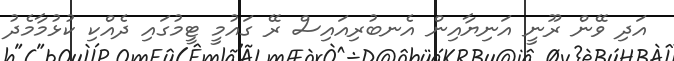
އަދި ވޭން ރޫނީ އަނިޔާއިން އެނބުރިއައިސް ރޭ ގައުމީ ޓީމުގައި ދެއްކި ކުޅުމާމެދު